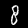
Label: 8